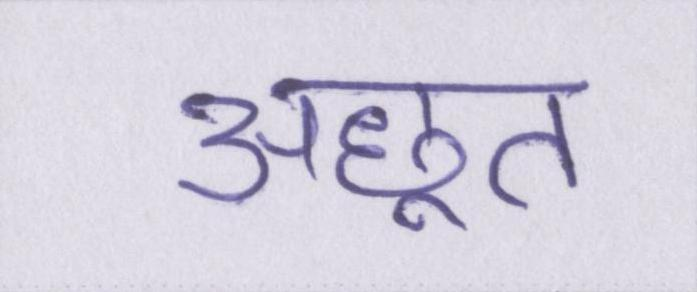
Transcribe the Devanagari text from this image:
अछूत